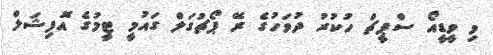
މި ވީޑީއޯ ސްޕީޗް ހުކުރު ދުވަހުގެ ރޭ ޕޯޗުގަލް ގައުމީ ޓީމުގެ އޮފިޝަލް